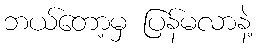
ဘယ်တော့မှ ပြန်မလာနဲ့